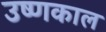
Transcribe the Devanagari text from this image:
उष्णकाल